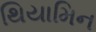
થિયામિન